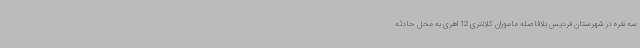
سه نفره در شهرستان فردیس بلافاصله ماموران کلانتری 12 اهری به محل حادثه